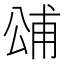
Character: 𭁓